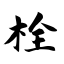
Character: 栓